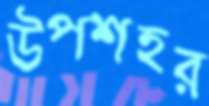
উপশহর